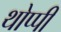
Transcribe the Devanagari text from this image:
थोप्पी